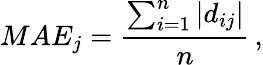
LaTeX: MAE_{j}=\frac{\sum_{i=1}^{n}|d_{ij}|}{n}\, ,